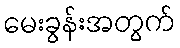
မေးခွန်းအတွက်